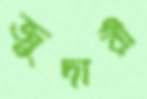
জুদারী